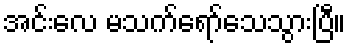
အင်းလေ မသက်ရော်သေသွားပြီ။